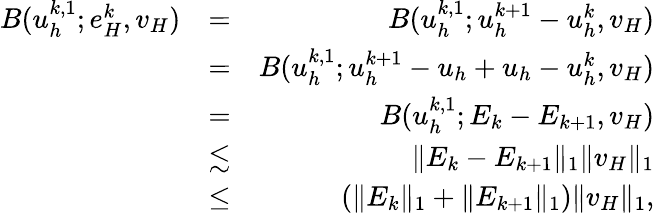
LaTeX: \begin{array}{rlr}{B(u_{h}^{k,1};e_{H}^{k},v_{H})}&{=}&{B(u_{h}^{k,1};u_{h}^{k+1}-u_{h}^{k},v_{H})}\\ &{=}&{B(u_{h}^{k,1};u_{h}^{k+1}-u_{h}+u_{h}-u_{h}^{k},v_{H})}\\ &{=}&{B(u_{h}^{k,1};E_{k}-E_{k+1},v_{H})}\\ &{\lesssim}&{\| E_{k}-E_{k+1}\| _{1}\| v_{H}\| _{1}}\\ &{\leq}&{\left(\| E_{k}\| _{1}+\| E_{k+1}\| _{1}\right)\| v_{H}\| _{1},}\end{array}